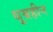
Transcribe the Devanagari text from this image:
धूम्रहीन